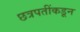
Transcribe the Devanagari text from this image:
छत्रपतींकडून